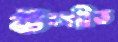
উদ্গীত